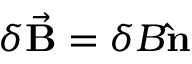
\delta \vec { \mathbf B } = \delta B \mathbf { \hat { n } }